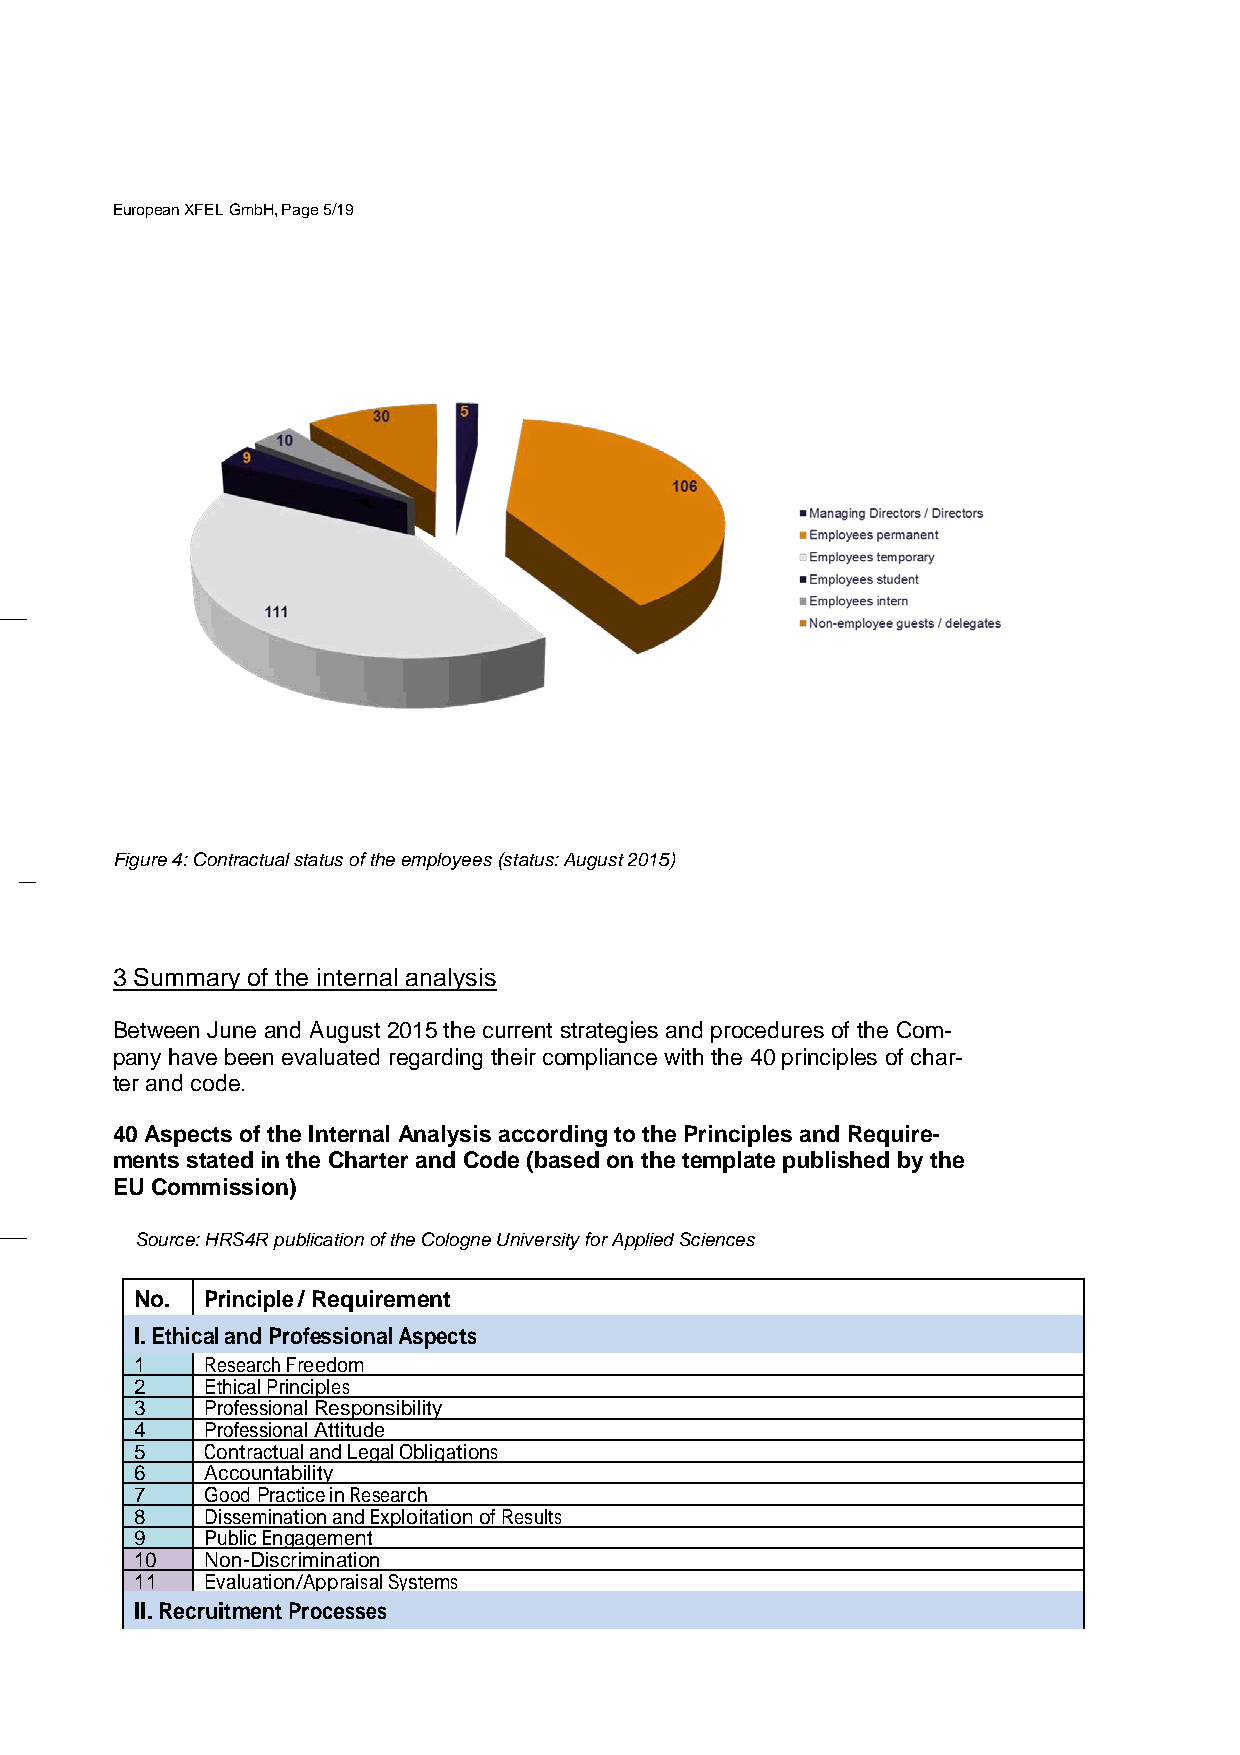
European XFEL GmbH, Page 5/19
 Figure 4: Contractual status of the employees (status: August 2015)
 3 Summary of the internal analysis
 Between June and August 2015 the current strategies and procedures of the Com-
 pany have been evaluated regarding their compliance with the 40 principles of char-
 ter and code.
 40 Aspects of the Internal Analysis according to the Principles and Require-
 ments stated in the Charter and Code (based on the template published by the
 EU Commission)
 Source: HRS4R publication of the Cologne University for Applied Sciences
 No.  Principle / Requirement
 I. Ethical and Professional Aspects
 1    Research Freedom
 2    Ethical Principles
 3    Professional Responsibility
 4    Professional Attitude
 5    Contractual and Legal Obligations
 6    Accountability
 7    Good Practice in Research
 8    Dissemination and Exploitation of Results
 9    Public Engagement
 10   Non-Discrimination
 11   Evaluation/Appraisal Systems
 II. Recruitment Processes